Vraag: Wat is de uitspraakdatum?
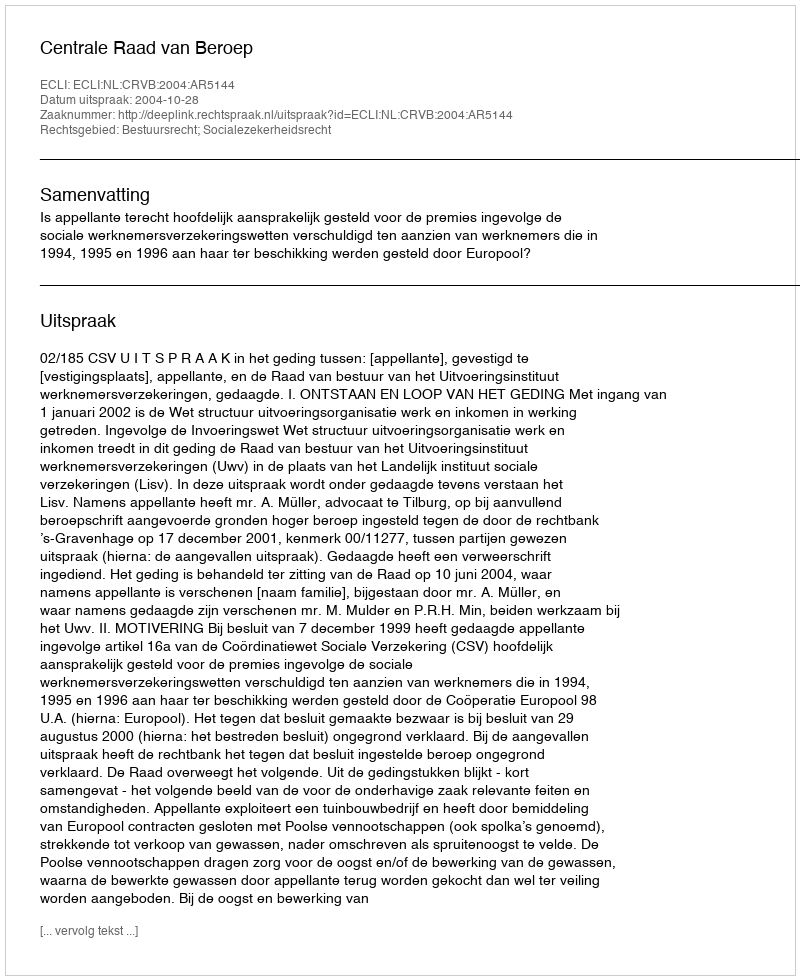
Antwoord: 2004-10-28